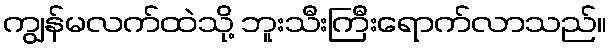
ကျွန်မလက်ထဲသို့ ဘူးသီးကြီးရောက်လာသည်။